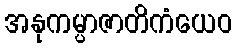
အနုကမ္ပာဇာတိကံယေဝ